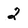
Character: 2